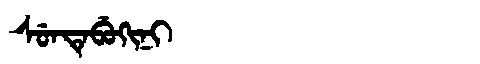
Manchu: ᠰᡠᠨᡨᡝᠪᡠᡴᡳᠨᡳ
Romanization: SUNTEBUKINI